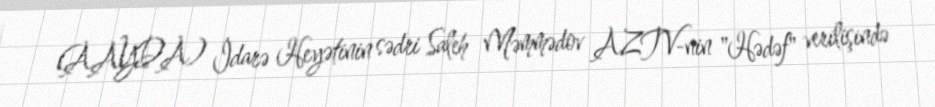
(AAYDA) İdarə Heyətinin sədri Saleh Məmmədov AZTV-nin "Hədəf" verilişində